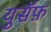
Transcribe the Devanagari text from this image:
युसॅफ़